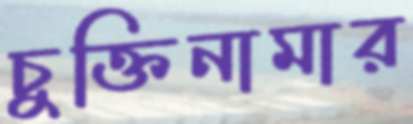
চুক্তিনামার